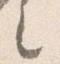
之